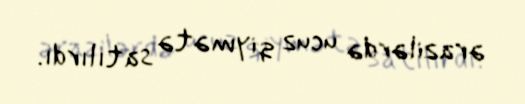
ərazilərdə ucuz qiymətə satılırdı.